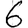
Digit: 6